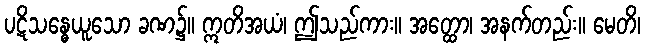
ပဋိသန္ဓေယူသော ခဏ၌။ ဣတိအယံ၊ ဤသည်ကား။ အတ္ထော၊ အနက်တည်း။ မေတိ၊